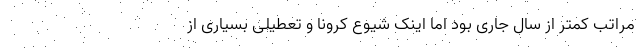
مراتب کمتر از سال جاری بود اما اینک شیوع کرونا و تعطیلی بسیاری از